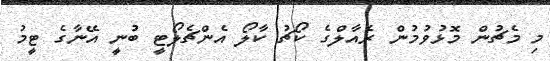
މި މެޗުން މޮޅުވުމުން ރެއާލްގެ ކޯޗު ކާލޯ އެންޗެލޯޓީ ބުނީ އޭނާގެ ޓީމު